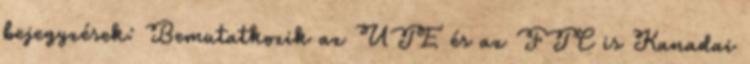
bejegyzések: Bemutatkozik az UTE és az FTC is Kanadai